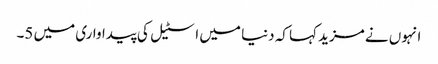
انہوں نے مزید کہا کہ دنیا میں اسٹیل کی پیداواری میں 5۔